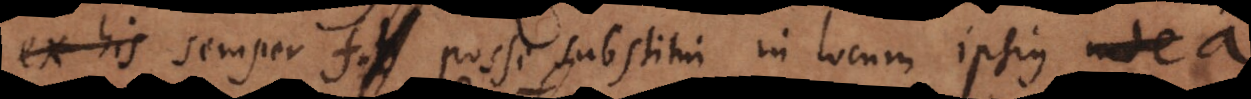
semper f posse substitui in locum ipsius a.